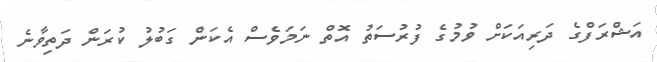
އަޝްރަފްގެ ދަރިއަކަށް ވުމުގެ ފުރުސަތު އޮތް ނަމަވެސް އެކަން ގަބުލު ކުރަން ދަތިވާނެ